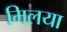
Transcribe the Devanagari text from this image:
मिलया